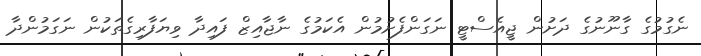
ނެގުމުގެ ގާނޫނުގެ ދަށުން ޖީއެސްޓީ ނަގަންފެށުމުން އެކަމުގެ ނާޖާއިޒް ފައިދާ ވިޔަފާރިގެތަކުން ނަގަމުންދާ